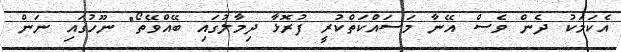
އެކަމަކު ދެން ވެސް އޭނާ މަސައްކަތްކުރީ ފުރޮޅާ ދިމާލުގައި ބޭއްވޭތޯ" ނޫހުގައި ނަން